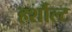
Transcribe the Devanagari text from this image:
हर्शौल्ट